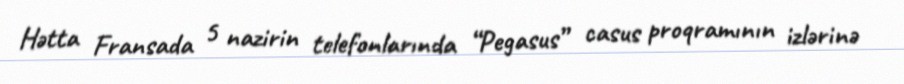
Hətta Fransada 5 nazirin telefonlarında “Pegasus” casus proqramının izlərinə